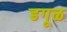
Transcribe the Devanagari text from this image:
डगूळ